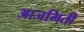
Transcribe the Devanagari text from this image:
आजमिती